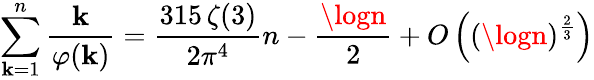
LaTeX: \sum_{\mathbf{k}=1}^{n}{\frac{{\mathbf{k}}}{{\varphi(\mathbf{k})}}}={\frac{{315\, \zeta(3)}}{{2\pi^{4}}}}n-{\frac{{\logn}}{{2}}}+O\left((\logn)^{\frac{{2}}{{3}}}\right)